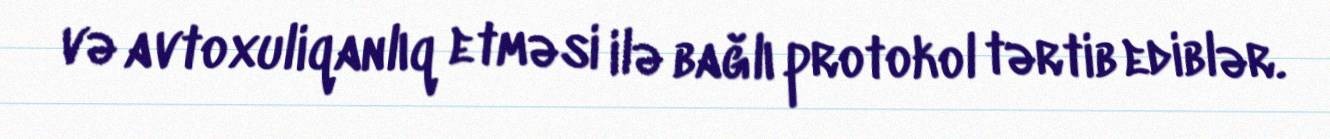
və avtoxuliqanlıq etməsi ilə bağlı protokol tərtib ediblər.